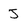
Character: J